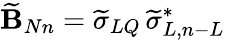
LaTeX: \widetilde{\mathbf B}_{Nn}=\widetilde\sigma_{LQ}\, \widetilde\sigma_{L,n-L}^{*}